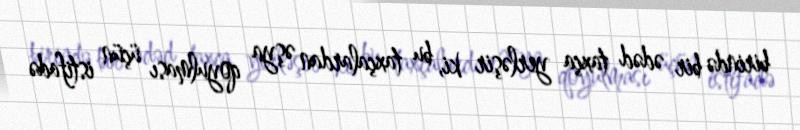
birində bir ədəd taxça yerləşir ki, bu taxçalardan əşya qoyulması üçün istifadə